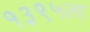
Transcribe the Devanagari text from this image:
१३९५ला